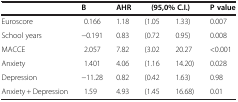
|  | B | AHR | (95,0% CI) |  | P value |
 | --- | --- | --- | --- | --- | --- |
 | Euroscore | 0.166 | 1.18 | (1.05 | 1.33) | 0.007 |
 | School years | −0.191 | 0.83 | (0.72 | 0.95) | 0.008 |
 | MACCE | 2.057 | 7.82 | (3.02 | 20.27 | <0.001 |
 | Anxiety | 1.401 | 4.06 | (1.16 | 14.20) | 0.028 |
 | Depression | −11.28 | 0.82 | (0.42 | 1.63) | 0.98 |
 | Anxiety + Depression | 1.59 | 4.93 | (1.45 | 16.68) | 0.01 |